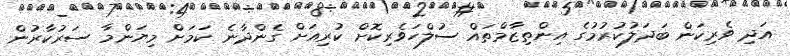
އަދި ވެރިކަން ބަދަލުކުރުމުގެ އިންތިޒާމްތައް ސުލްހަވެރިކޮށް ކުރިއަށް ގެންދާނެ ކަމަށް މިޔަންމާ ސަރުކާރުން